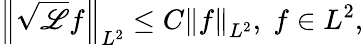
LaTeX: \left\| \sqrt{\mathscr{L}}f\right\| _{L^{2}}\leq C\left\| f\right\| _{L^{2}},\; f\in L^{2},